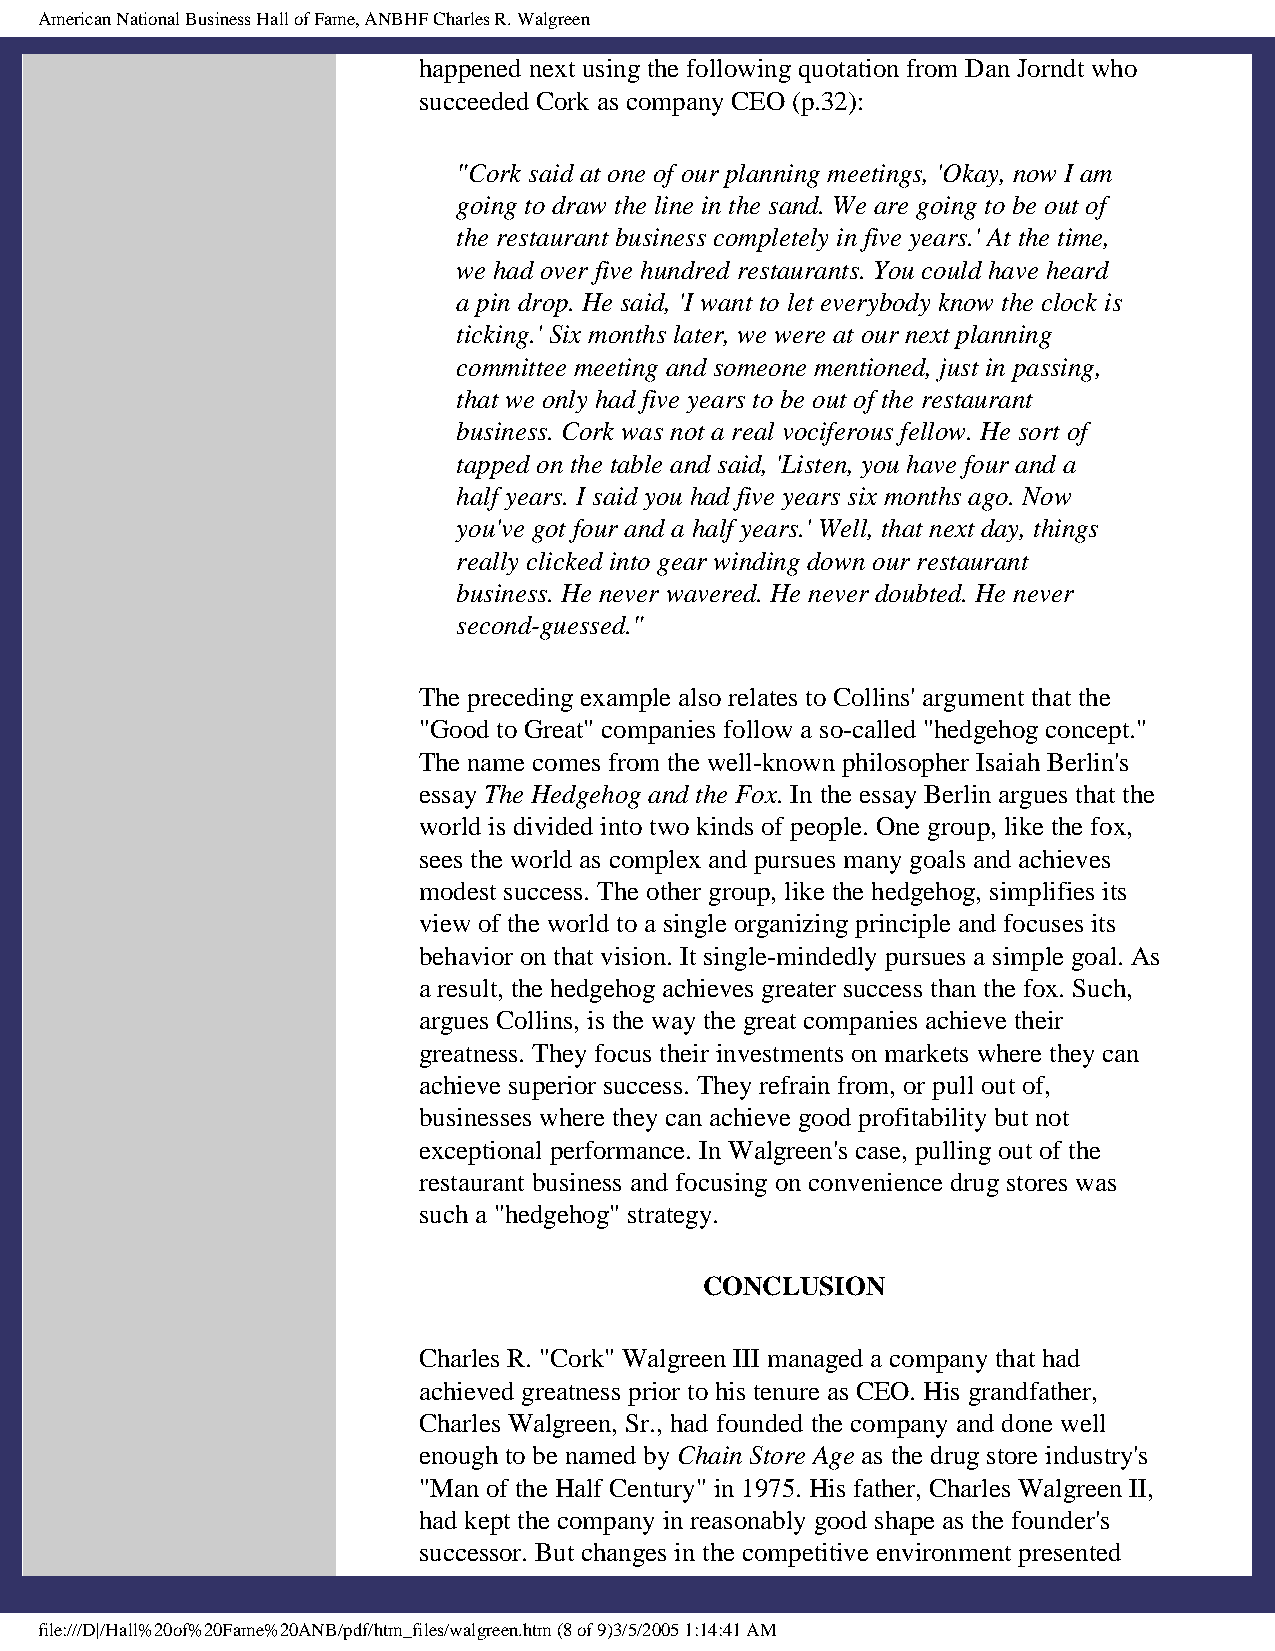
American National Business Hall of Fame, ANBHF Charles R. Walgreen
 happened next using the following quotation from Dan Jorndt who
 succeeded Cork as company CEO (p.32):
 "Cork said at one of our planning meetings, 'Okay, now I am
 going to draw the line in the sand. We are going to be out of
 the restaurant business completely in five years.' At the time,
 we had over five hundred restaurants. You could have heard
 a pin drop. He said, 'I want to let everybody know the clock is
 ticking.' Six months later, we were at our next planning
 committee meeting and someone mentioned, just in passing,
 that we only had five years to be out of the restaurant
 business. Cork was not a real vociferous fellow. He sort of
 tapped on the table and said, 'Listen, you have four and a
 half years. I said you had five years six months ago. Now
 you've got four and a half years.' Well, that next day, things
 really clicked into gear winding down our restaurant
 business. He never wavered. He never doubted. He never
 second-guessed."
 The preceding example also relates to Collins' argument that the
 "Good to Great" companies follow a so-called "hedgehog concept."
 The name comes from the well-known philosopher Isaiah Berlin's
 essay The Hedgehog and the Fox. In the essay Berlin argues that the
 world is divided into two kinds of people. One group, like the fox,
 sees the world as complex and pursues many goals and achieves
 modest success. The other group, like the hedgehog, simplifies its
 view of the world to a single organizing principle and focuses its
 behavior on that vision. It single-mindedly pursues a simple goal. As
 a result, the hedgehog achieves greater success than the fox. Such,
 argues Collins, is the way the great companies achieve their
 greatness. They focus their investments on markets where they can
 achieve superior success. They refrain from, or pull out of,
 businesses where they can achieve good profitability but not
 exceptional performance. In Walgreen's case, pulling out of the
 restaurant business and focusing on convenience drug stores was
 such a "hedgehog" strategy.
 CONCLUSION
 Charles R. "Cork" Walgreen III managed a company that had
 achieved greatness prior to his tenure as CEO. His grandfather,
 Charles Walgreen, Sr., had founded the company and done well
 enough to be named by Chain Store Age as the drug store industry's
 "Man of the Half Century" in 1975. His father, Charles Walgreen II,
 had kept the company in reasonably good shape as the founder's
 successor. But changes in the competitive environment presented
 file:///D|/Hall%20of%20Fame%20ANB/pdf/htm_files/walgreen.htm (8 of 9)3/5/2005 1:14:41 AM